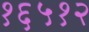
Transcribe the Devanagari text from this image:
१६५१२